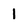
Character: 1